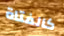
كالفتاة